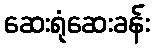
ဆေးရုံဆေးခန်း